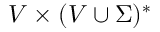
V \times ( V \cup \Sigma ) ^ { * }